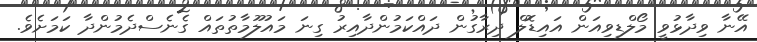
އޭނާ ވިދާޅުވީ މޯލްޑިވިއަން އައިޑޮލް ދިރާގުން ދައްކަމުންދާއިރު ގިނަ މައުލޫމާތުތައް ގެނެސްދެމުންދާ ކަމަށެވެ.